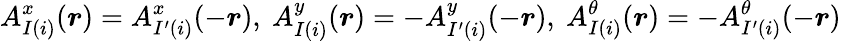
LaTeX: A_{I(i)}^{x}(\boldsymbol{r})=A_{I^{\prime}(i)}^{x}(-\boldsymbol{r}),\ A_{I(i)}^{y}(\boldsymbol{r})=-A_{I^{\prime}(i)}^{y}(-\boldsymbol{r}),\ A_{I(i)}^{\theta}(\boldsymbol{r})=-A_{I^{\prime}(i)}^{\theta}(-\boldsymbol{r})